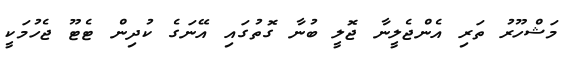
މަޝްހޫރު ތަރި އެންޖެލީނާ ޖޮލީ ބުނާ ގޮތުގައި އޭނަގެ ކުދިން ޓެޓޫ ޖެހުމަކީ